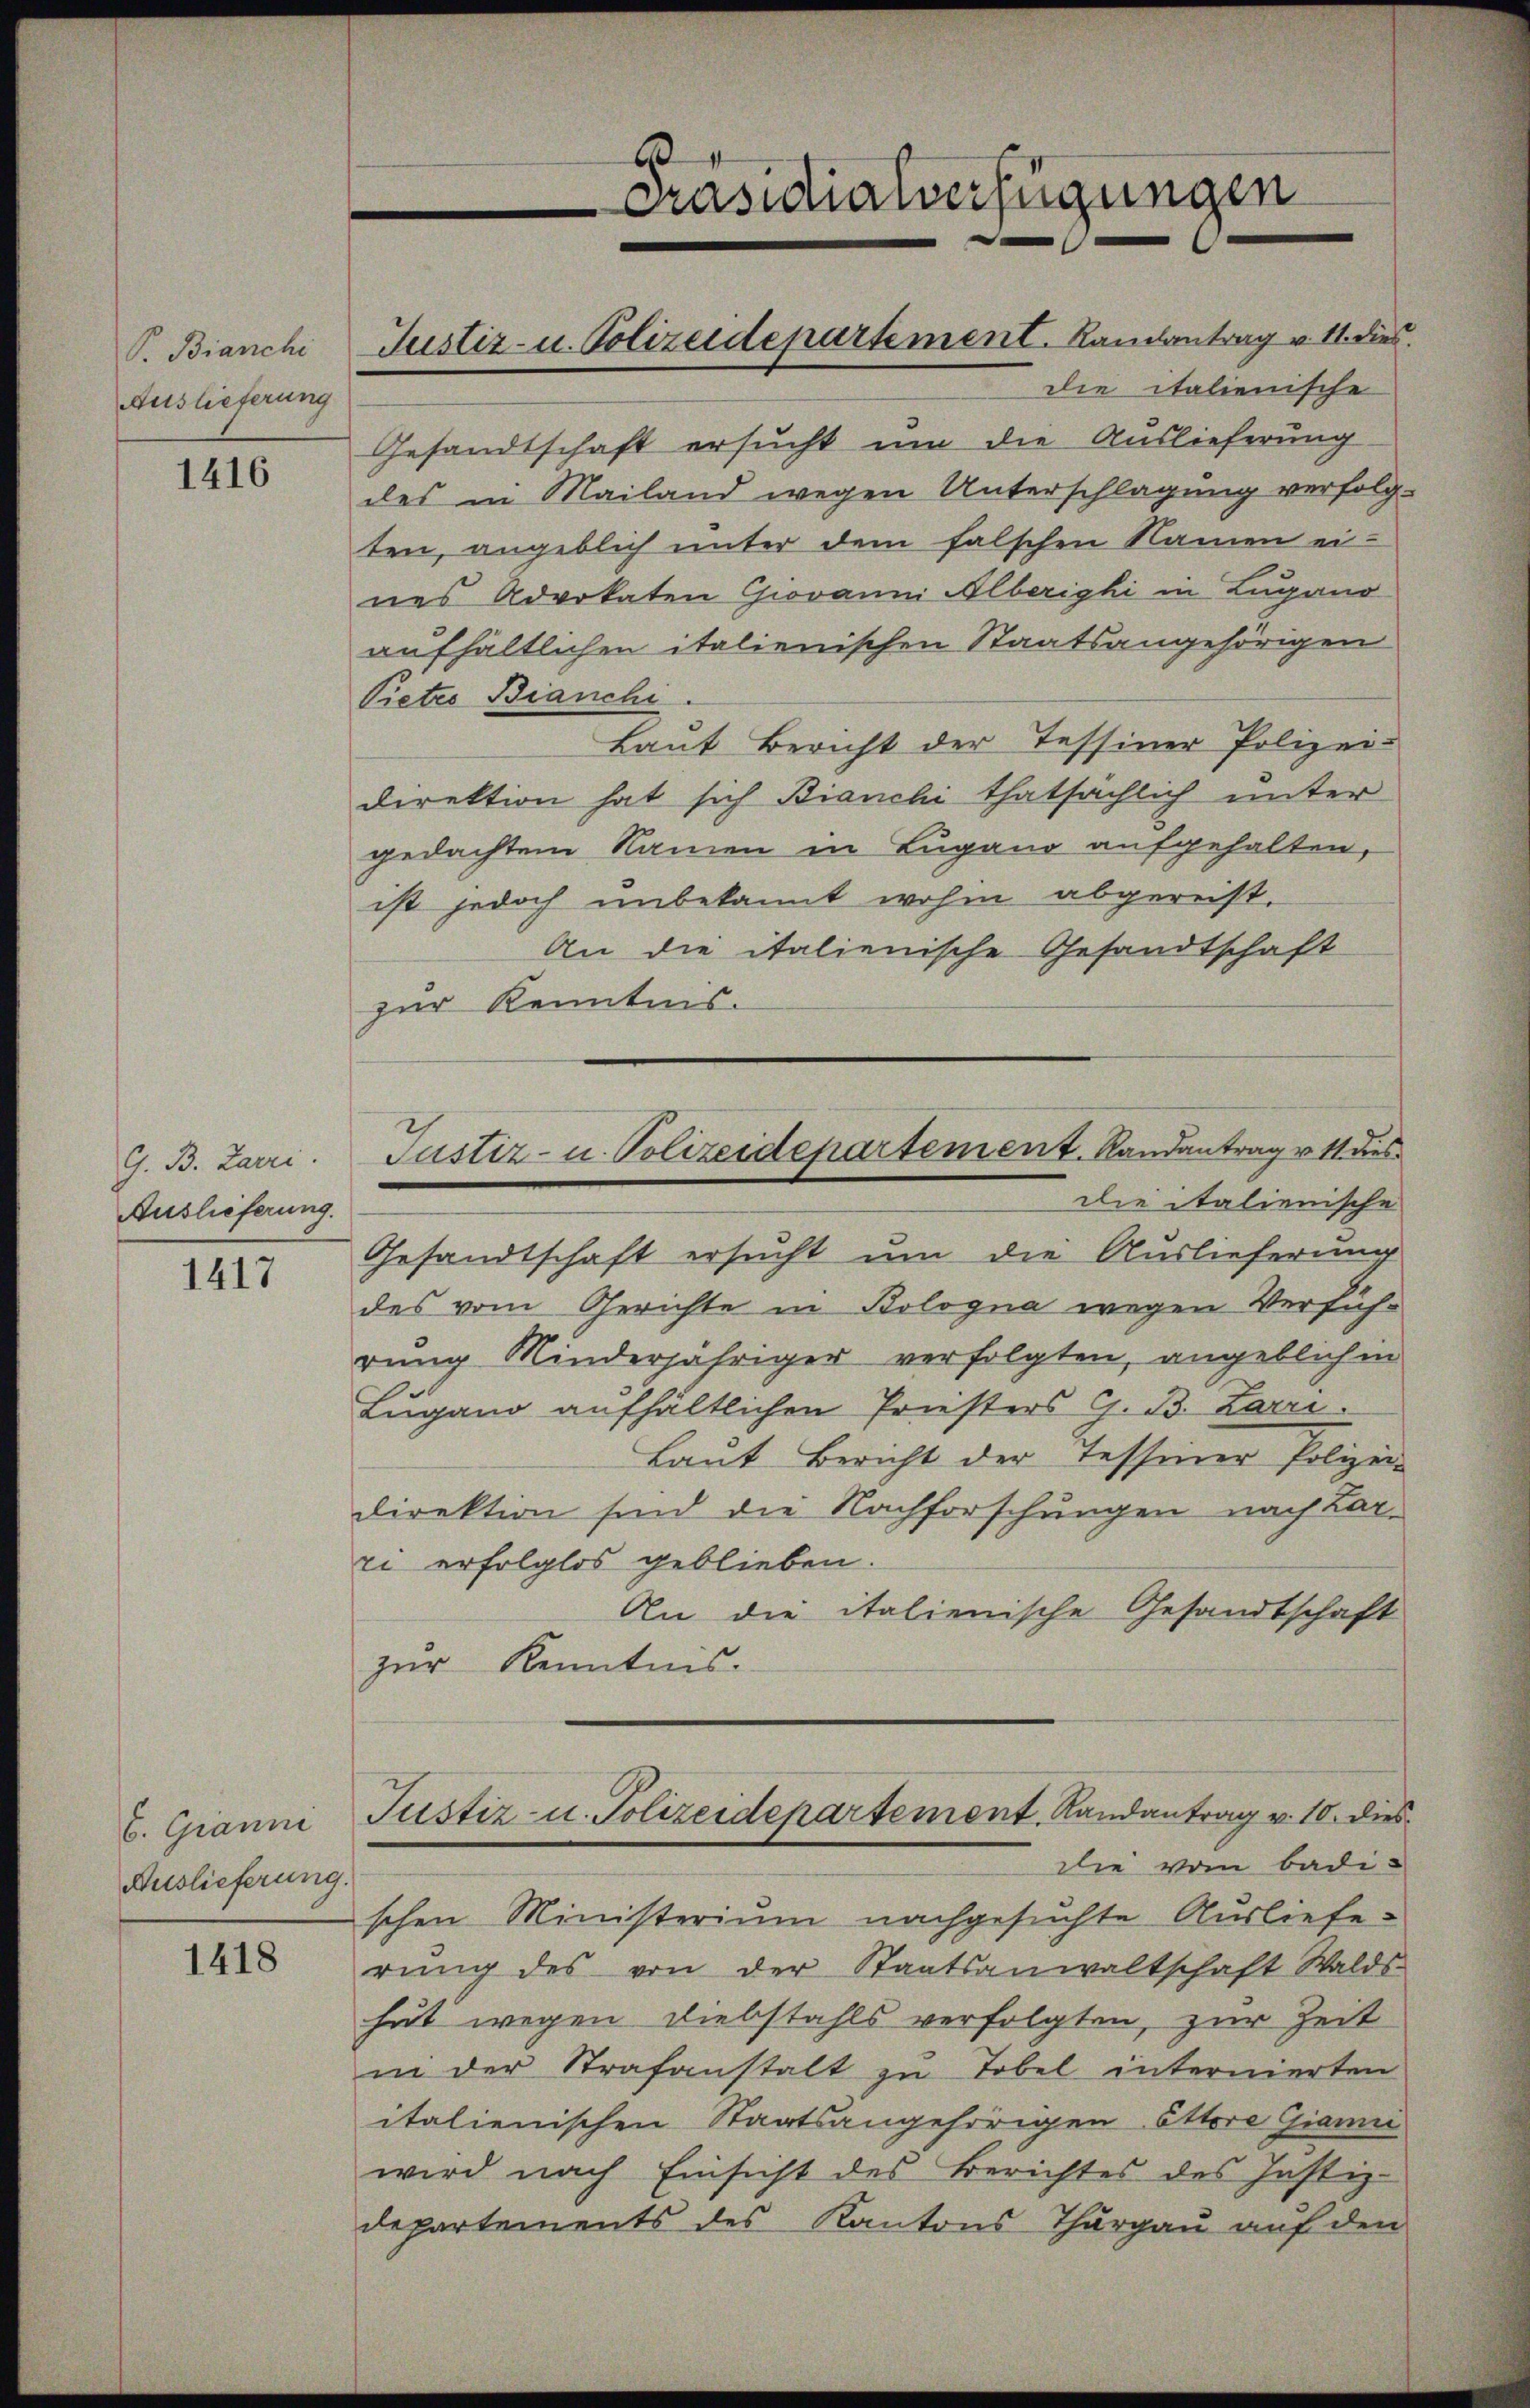
P. Bianchi
Auslieferung

1416

G. B. Larri.
Auslieferung.

1417

b. Grann
Auslieferung.

1418

die italienische
Gesandtschaft ersucht um die Auslieferung
des in Mailand wegen Unterschlagung verfolgten, angeblich unter dem falschen Namen eines Advokaten Giovanni Alberighi in Lugano
aufhältlichen italienischen Staatsangehörigen
Pietes Bianchi
Laut Bericht der Tessiner Polizeidirektion hat sich Bianchi thatsächlich unter
gedachtem Namen in Lugano aufgehalten,
ist jedoch unbekannt wohne abgereist.
An die italienische Gesandtschaft
zur Kenntnis.

Justiz- u. Polizeidepartement. Landantrag v. 11. dies

Präsidialverfügungen

Justiz- u. Polizeidepartement. Randantrag v. 11 dies
die italienische

Gesandtschaft ersucht um die Auslieferung
des vom Gerichte in Bologna wegen Verführung Kinderjähriger verfolgten, angeblichen
Lugano aufhältlichen Priesters G. B. Zarri
Laut Bericht der Tessiner Polizei-
direktion sind die Nachforschungen nach Karei erfolglos geblieben.
An die italienische Gesandtschaft
zur Kenntnis.
Justiz- u. Polizeidepartement, Randantrag v. 10. dies
die vom Badischen Ministerium nachgesuchte Ausliefe
rŭng des von der Staatsanwaltschaft Walds-
hut wegen Diebstahls verfolgten, zur Zeit
in der Strafanstalt zu Tobel internierten
italienischen Staatsangehörigen Ettere Gianni
wird nach Einsicht des Berichtes des Justiz-
Departements des Kantons Thurgau auf den